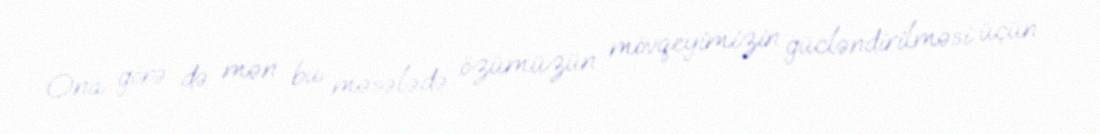
Ona görə də mən bu məsələdə özümüzün mövqeyimizin gücləndirilməsi üçün